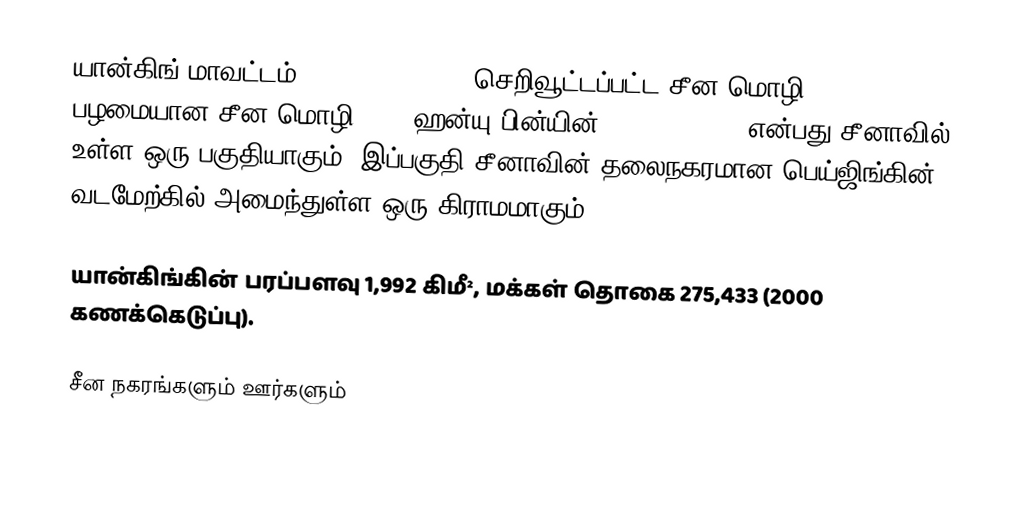
யான்கிங் மாவட்டம் (Yanqing County, செறிவூட்டப்பட்ட சீன மொழி: 延庆县, பழமையான சீன மொழி:延慶縣, ஹன்யு பின்யின்:Yánqìng Xiàn) என்பது சீனாவில் உள்ள ஒரு பகுதியாகும். இப்பகுதி சீனாவின் தலைநகரமான பெய்ஜிங்கின் வடமேற்கில் அமைந்துள்ள ஒரு கிராமமாகும்.

யான்கிங்கின் பரப்பளவு 1,992 கிமீ², மக்கள் தொகை 275,433 (2000 கணக்கெடுப்பு).

சீன நகரங்களும் ஊர்களும்